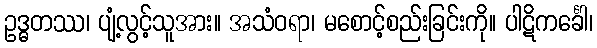
ဥဒ္ဓတဿ၊ ပျံ့လွင့်သူအား။ အသံဝရာ၊ မစောင့်စည်းခြင်းကို။ ပါဋိကင်္ခေါ၊